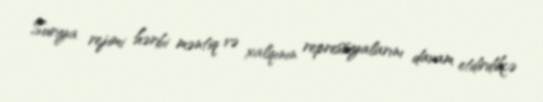
Suriya rejimi hərbi məntiq və xalqının repressiyalarını davam etdirdikcə